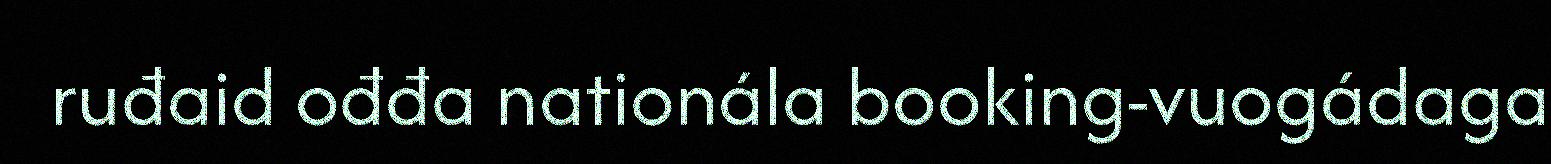
ruđaid ođđa nationála booking-vuogádaga